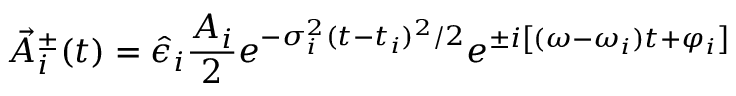
\vec { A } _ { i } ^ { \pm } ( t ) = \hat { \epsilon } _ { i } \frac { A _ { i } } { 2 } e ^ { - \sigma _ { i } ^ { 2 } ( t - t _ { i } ) ^ { 2 } / 2 } e ^ { \pm i \left[ ( \omega - \omega _ { i } ) t + \varphi _ { i } \right] }